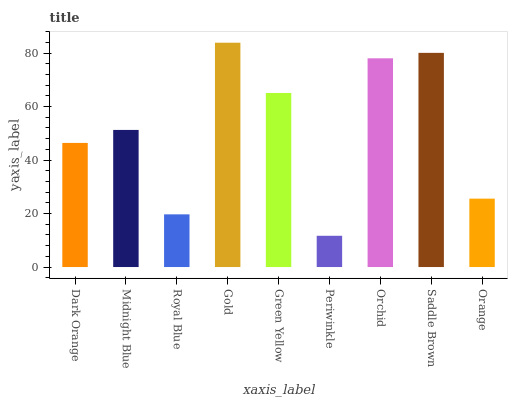
| xaxis_label | bars |
 | --- | --- |
 | Dark Orange | 46.4 |
 | Midnight Blue | 51.3 |
 | Royal Blue | 19.7 |
 | Gold | 83.9 |
 | Green Yellow | 65.1 |
 | Periwinkle | 11.7 |
 | Orchid | 78 |
 | Saddle Brown | 80.1 |
 | Orange | 25.6 |